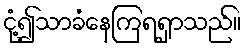
ငုံ့၍သာခံနေကြရရှာသည်။